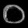
Digit: ၀